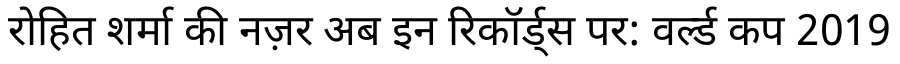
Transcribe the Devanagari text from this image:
रोहित शर्मा की नज़र अब इन रिकॉर्ड्स पर: वर्ल्ड कप 2019